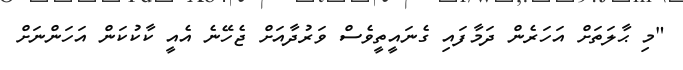
"މި ޙާލަތަށް އަހަރެން ދަމާފައި ގެނައީތީވެސް ވަރުދާއަށް ޖެހޭނެ އެއީ ކާކުކަން އަހަންނަށް